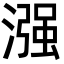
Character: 漒